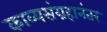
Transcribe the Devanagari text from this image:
काव्यसंग्रहानंतर